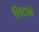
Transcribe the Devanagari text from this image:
शिटाके